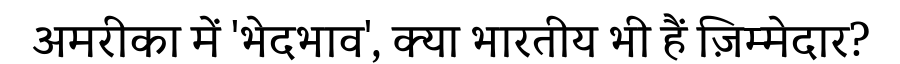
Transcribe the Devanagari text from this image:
अमरीका में 'भेदभाव', क्या भारतीय भी हैं ज़िम्मेदार?